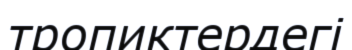
тропиктердегі